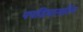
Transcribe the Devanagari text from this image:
पपडियानारिंग